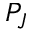
P _ { J }